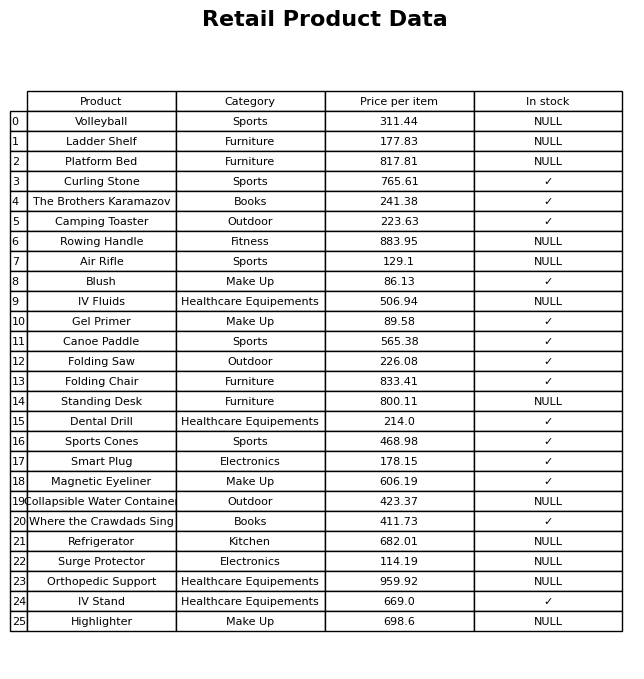
question: What is the price for Ladder Shelf?
answer: The price of Ladder Shelf is 177.83.